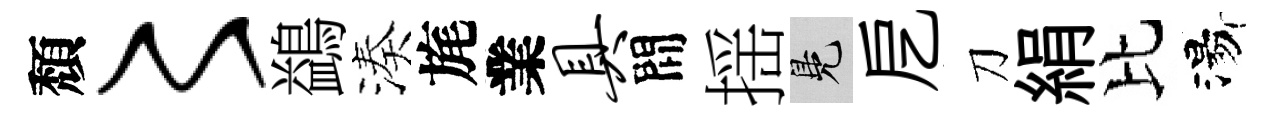
頽〻鷁湊旄業具間揺鳬戹刀絹比湯